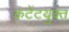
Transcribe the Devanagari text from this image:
कंटेंटयुक्त